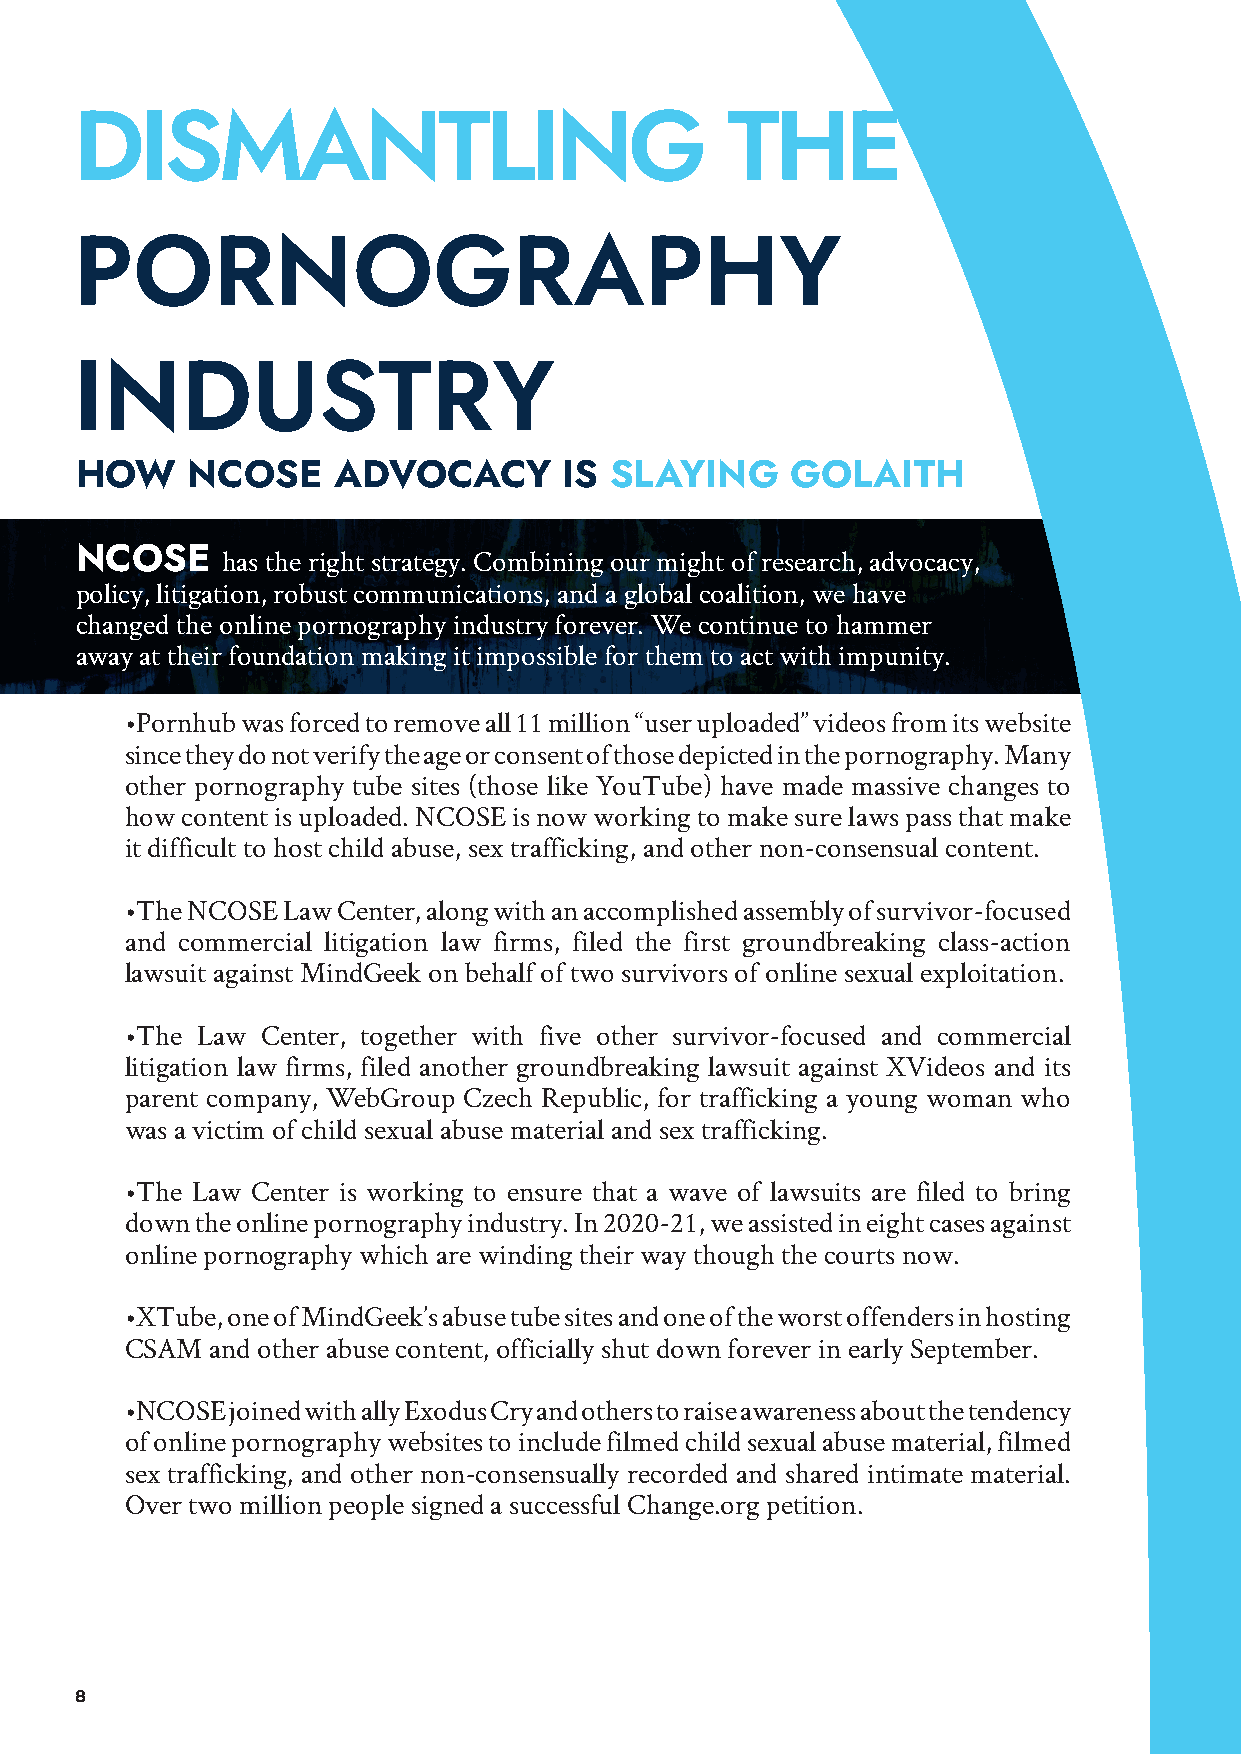
DISMANTLING                                THE
 PORNOGRAPHY
 INDUSTRY
 HOW    NCOSE     ADVOCACY       IS SLAYING     GOLAITH
 NCOSE     has the right strategy. Combining our might of research, advocacy,
 policy, litigation, robust communications, and a global coalition, we have
 changed the online pornography industry forever. We continue to hammer
 away at their foundation making it impossible for them to act with impunity.
 •Pornhub was forced to remove all 11 million “user uploaded” videos from its website
 since they do not verify the age or consent of those depicted in the pornography. Many
 other pornography tube sites (those like YouTube) have made massive changes to
 how content is uploaded. NCOSE is now working to make sure laws pass that make
 it difficult to host child abuse, sex trafficking, and other non-consensual content.
 •The NCOSE Law Center, along with an accomplished assembly of survivor-focused
 and commercial litigation law firms, filed the first groundbreaking class-action
 lawsuit against MindGeek on behalf of two survivors of online sexual exploitation.
 •The Law Center, together with five other survivor-focused and commercial
 litigation law firms, filed another groundbreaking lawsuit against XVideos and its
 parent company, WebGroup Czech Republic, for trafficking a young woman who
 was a victim of child sexual abuse material and sex trafficking.
 •The Law Center is working to ensure that a wave of lawsuits are filed to bring
 down the online pornography industry. In 2020-21, we assisted in eight cases against
 online pornography which are winding their way though the courts now.
 •XTube, one of MindGeek’s abuse tube sites and one of the worst offenders in hosting
 CSAM  and other abuse content, officially shut down forever in early September.
 •NCOSE joined with ally Exodus Cry and others to raise awareness about the tendency
 of online pornography websites to include filmed child sexual abuse material, filmed
 sex trafficking, and other non-consensually recorded and shared intimate material.
 Over two million people signed a successful Change.org petition.
 8